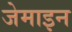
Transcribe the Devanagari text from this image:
जेमाइन